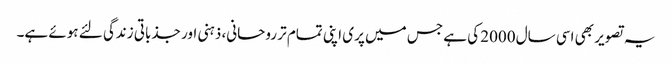
یہ تصویر بھی اسی سال 2000 کی ہے جس میں پری اپنی تمام تر روحانی، ذہنی اور جذباتی زندگی لئے ہوئے ہے۔